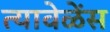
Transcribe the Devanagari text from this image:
त्यावेळेंस